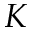
K